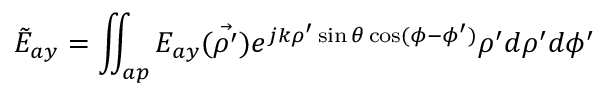
\tilde { E } _ { a y } = \iint _ { a p } E _ { a y } ( \vec { \rho ^ { \prime } } ) e ^ { j k \rho ^ { \prime } \sin \theta \cos ( \phi - \phi ^ { \prime } ) } \rho ^ { \prime } d \rho ^ { \prime } d \phi ^ { \prime }